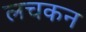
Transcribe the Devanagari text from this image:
लचकन